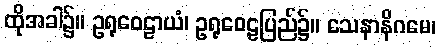
ထိုအခါ၌။ ဥရုဝေဠာယံ၊ ဥရုဝေဠပြည်၌။ သေနာနိဂမေ၊